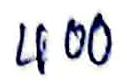
400